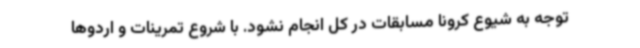
توجه به شیوع کرونا مسابقات در کل انجام نشود. با شروع تمرینات و اردوها